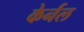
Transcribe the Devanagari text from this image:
केर्नल